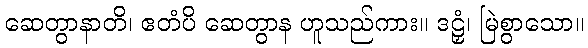
ဆေတွာနာတိ၊ ဧတံပိ ဆေတွာန ဟူသည်ကား။ ဒဠှံ၊ မြဲစွာသော။